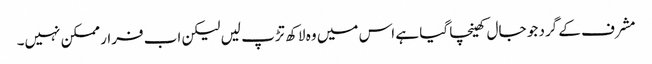
مشرف کے گرد جو جال کھینچا گیا ہے اس میں وہ لاکھ تڑپ لیں لیکن اب فرار ممکن نہیں۔